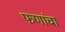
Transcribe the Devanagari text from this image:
फणांचा